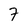
Character: 7